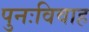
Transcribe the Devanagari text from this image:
पुनःविवाह